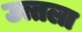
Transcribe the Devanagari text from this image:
उत्तला